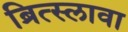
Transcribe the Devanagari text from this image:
ब्रित्स्लावा